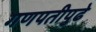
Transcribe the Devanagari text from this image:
गणपतीपुढे